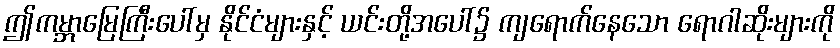
ဤကမ္ဘာမြေကြီးပေါ်မှ နိုင်ငံများနှင့် ယင်းတို့အပေါ်၌ ကျရောက်နေသော ရောဂါဆိုးများကို